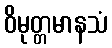
ဝိမုတ္တမာနသံ